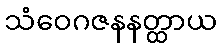
သံဝေဂဇနနတ္ထာယ